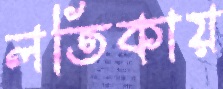
লতিকায়